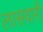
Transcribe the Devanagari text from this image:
लासवारी